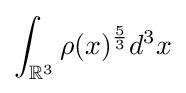
\int _{\mathbb {R} ^{3}}\rho (x)^{\frac {5}{3}}d^{3}x